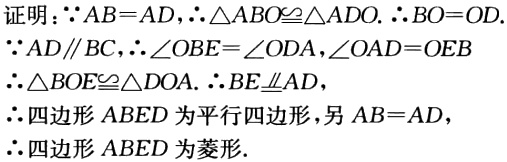
证明：\(\because AB = AD\)，\(\therefore \triangle ABO\cong\triangle ADO\). \(\therefore BO = OD\).

\(\because AD\parallel BC\)，\(\therefore \angle OBE=\angle ODA\)，\(\angle OAD = \angle OEB\)

\(\therefore \triangle BOE\cong\triangle DOA\). \(\therefore BE\equalparallel AD\)，

\(\therefore\)四边形\(ABED\)为平行四边形，另\(AB = AD\)，

\(\therefore\)四边形\(ABED\)为菱形.